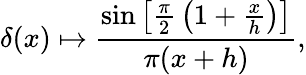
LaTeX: \delta(x)\mapsto{\frac{\sin\left[{\frac{\pi}{2}}\left(1+{\frac{x}{h}}\right)\right]}{\pi(x+h)}},